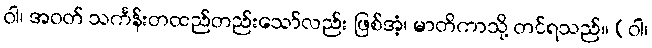
ဝါ၊ အဝတ် သင်္ကန်းတထည်တည်းသော်လည်း ဖြစ်အံ့၊ မာတိကာသို့ တင်ရသည်။ (ဝါ၊